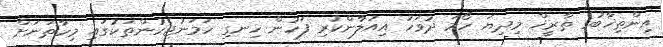
އިންތިޚާބުގެ ތާރީޚް މިދިޔަ ހޯމަ ދުވަހު އިއުލާންކުރި ފަހުން ހިނގި ހަމަނުޖެހުންތަކުގައި މިހާތަނަށް